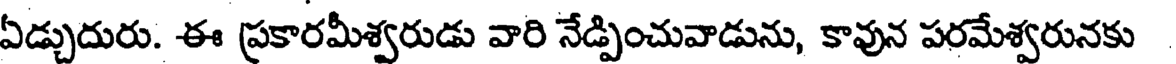
ఏడ్చుదురు. ఈ ప్రకారమీశ్వరుడు వారి నేడ్పించువాడును, కావున పరమేశ్వరునకు